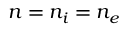
n = n _ { i } = n _ { e }